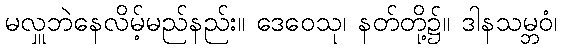
မလှူဘဲနေလိမ့်မည်နည်း။ ဒေဝေသု၊ နတ်တို့၌။ ဒါနသမ္ဘဝံ၊